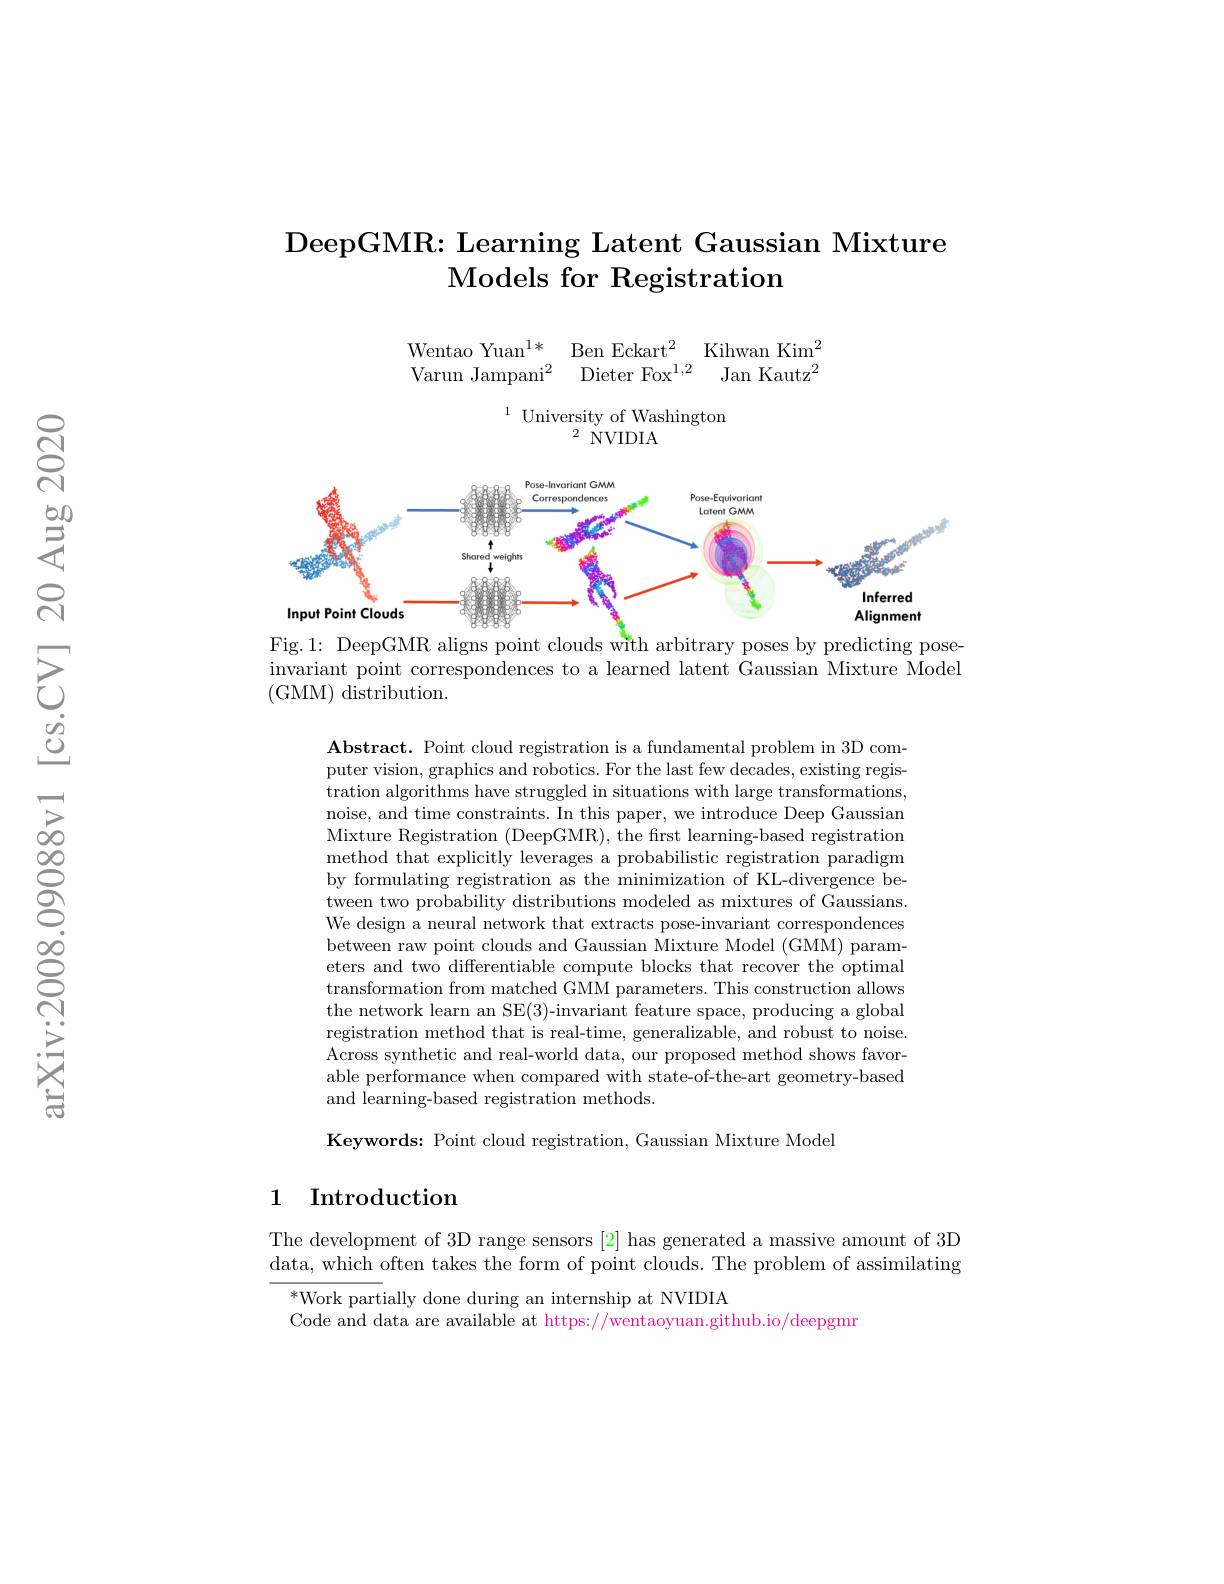
## DeepGMR: Learning Latent Gaussian Mixture $\textbf{Models for Registration}$

Wentao Yuan$^{1* }$ Ben Eckart$^2$ Kihwan Kim$^2$
Dieter Fox$^{1, 2}$ Jan Kautz$^2$
Varun Jampani$^2$

$^{1}$ University of Washington
2 NVIDIA

<FigureHere>
Fig.1: DeepGMR aligns point clouds with arbitrary poses by predicting pose-

invariant point correspondences to a learned latent Gaussian Mixture Model
(GMM) distribution.

$\textbf{Abstract. Point cloud registration is a fundamental problem in 3D com- }$ puter vision, graphics and robotics. For the last few decades, existing registration algorithms have struggled in situations with large transformations, noise, and time constraints. In this paper, we introduce Deep Gaussian Mixture Registration (DeepGMR), the first learning-based registration method that explicitly leverages a probabilistic registration paradigm by formulating registration as the minimization of KL-divergence between two probability distributions modeled as mixtures of Gaussians. We design a neural network that extracts pose-invariant correspondences between raw point clouds and Gaussian Mixture Model (GMM) parameters and two differentiable compute blocks that recover the optimal transformation from matched GMM parameters. This construction allows the network learn an SE(3)-invariant feature space, producing a global registration method that is real-time, generalizable, and robust to noise. Across synthetic and real-world data, our proposed method shows favorable performance when compared with state-of-the-art geometry-based and learning-based registration methods

Keywords: Point cloud registration, Gaussian Mixture Model

### 1 Introduction

The development of 3D range sensors [2] has generated a massive amount of 3D data, which often takes the form of point clouds. The problem of assimilating

$^{*}$Work partially done during an internship at NVIDIA
Code and data are available at https://wentaoyuan.github.io/deepgmr